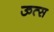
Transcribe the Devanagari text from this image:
ऊत्स